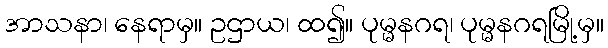
အာသနာ၊ နေရာမှ။ ဥဌာယ၊ ထ၍။ ပုမ္မနဂရ၊ ပုမ္မနဂရမြို့မှ။